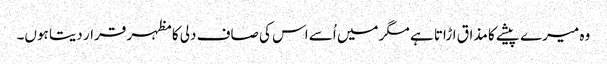
وہ میرے پیشے کا مذاق اڑاتا ہے مگر میں اُسے اس کی صاف دلی کا مظہر قرار دیتا ہوں۔